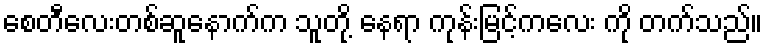
စေတီလေးတစ်ဆူနောက်က သူတို့ နေရာ ကုန်းမြင့်ကလေး ကို တက်သည်။